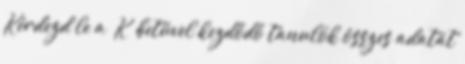
Kérdezd le a „K” betűvel kezdődő tanulók összes adatát